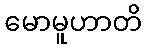
မောမူဟာတိ